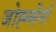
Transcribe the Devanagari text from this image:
जोह्न्लेंनों